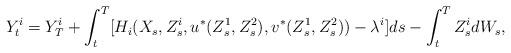
LaTeX: \begin{align*} Y^{i}_t = Y^i_T+\int_t^T[H_i(X_{s}, Z^i_s,u^*(Z^1_s,Z^2_s),v^*(Z^1_s,Z^2_s))-\lambda^{i}] ds - \int_t^T Z^i_s dW_s,\end{align*}